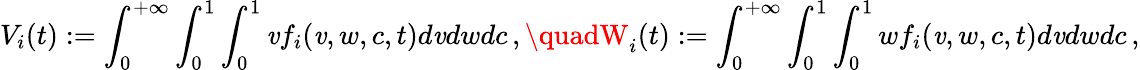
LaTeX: V_{i}(t):=\int_{0}^{+\infty}\int_{0}^{1}\int_{0}^{1}\mathit{v}f_{i}(\mathit{v},w,c,t)d\mathit{v}dwdc\, ,\quadW_{i}(t):=\int_{0}^{+\infty}\int_{0}^{1}\int_{0}^{1}wf_{i}(\mathit{v},w,c,t)d\mathit{v}dwdc\, ,